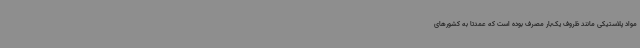
مواد پلاستیکی مانند ظروف یک‌بار مصرف بوده است که عمدتاً به کشورهای